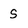
Character: S